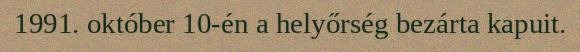
1991. október 10-én a helyőrség bezárta kapuit.